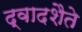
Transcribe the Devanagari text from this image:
द्वादशैते